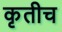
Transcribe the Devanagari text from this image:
कृतीच